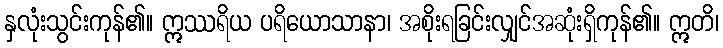
နှလုံးသွင်းကုန်၏။ ဣဿရိယ ပရိယောသာနာ၊ အစိုးရခြင်းလျှင်အဆုံးရှိကုန်၏။ ဣတိ၊